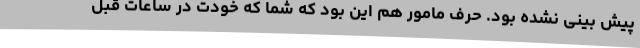
پیش بینی نشده بود. حرف مامور هم این بود که شما که خودت در ساعات قبل